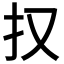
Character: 𭠎